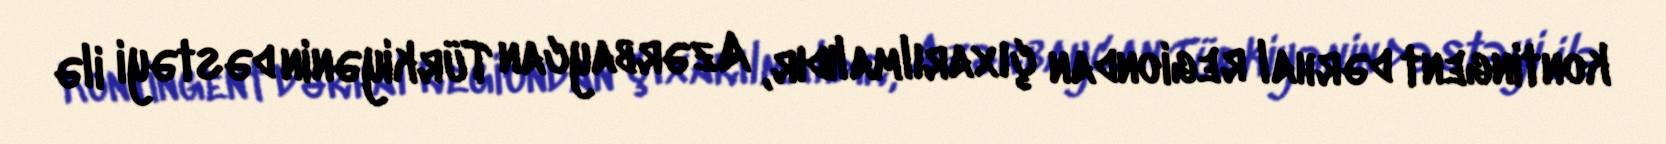
kontingent dərhal regiondan çıxarılmalıdır, Azərbaycan Türkiyənin dəstəyi ilə